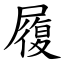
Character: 履